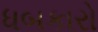
ધબકારો